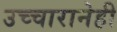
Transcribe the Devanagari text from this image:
उच्चारानेही